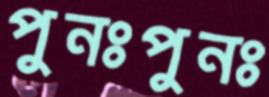
পুনঃপুনঃ